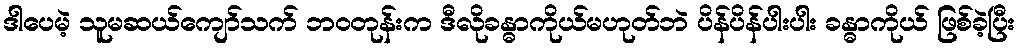
ဒါပေမဲ့ သူမဆယ်ကျော်သက် ဘဝတုန်းက ဒီလိုခန္ဓာကိုယ်မဟုတ်ဘဲ ပိန်ပိန်ပါးပါး ခန္ဓာကိုယ် ဖြစ်ခဲ့ပြီး